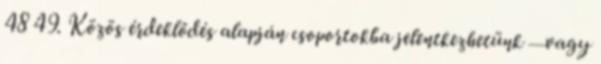
48 49. Közös érdeklődés alapján csoportokba jelentkezhetünk — vagy